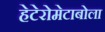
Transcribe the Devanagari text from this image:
हेटेरोमेटाबोला